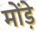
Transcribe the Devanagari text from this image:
मोंड़े